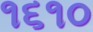
૧૬૧૦